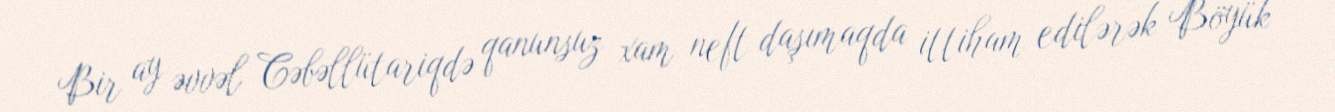
Bir ay əvvəl Cəbəllütariqdə qanunsuz xam neft daşımaqda ittiham edilərək Böyük